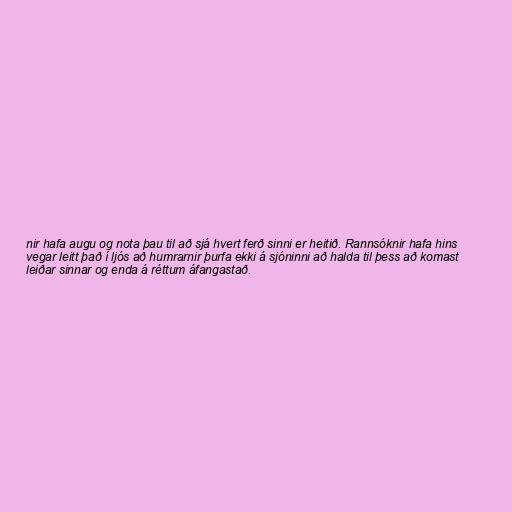
nir hafa augu og nota þau til að sjá hvert ferð sinni er heitið. Rannsóknir hafa hins
vegar leitt það í ljós að humrarnir þurfa ekki á sjóninni að halda til þess að komast
leiðar sinnar og enda á réttum áfangastað.